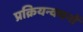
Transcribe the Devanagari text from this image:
प्रक्रियन्वयनों